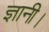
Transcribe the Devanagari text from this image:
ज्ञानी।